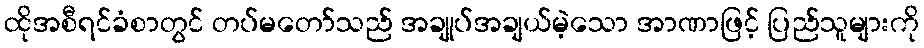
ထိုအစီရင်ခံစာတွင် တပ်မတော်သည် အချုပ်အချယ်မဲ့သော အာဏာဖြင့် ပြည်သူများကို